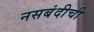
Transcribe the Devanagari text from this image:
नसबंदीची